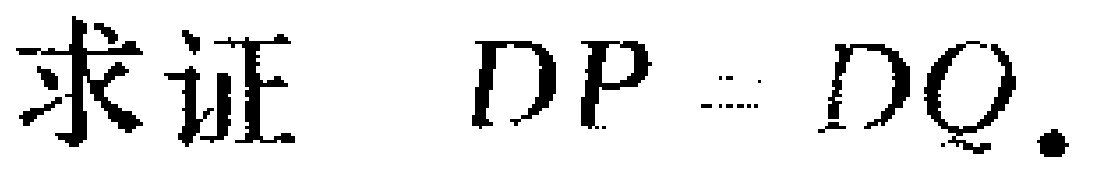
求证 \(DP = DQ\).